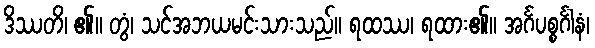
ဒိဿတိ၊ ၏။ တွံ၊ သင်အဘယမင်းသားသည်။ ရထဿ၊ ရထား၏။ အင်္ဂပစ္စင်္ဂါနံ၊